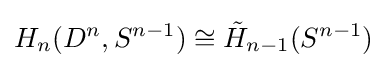
H_{n}(D^{n},S^{n-1})\cong {\tilde {H}}_{n-1}(S^{n-1})